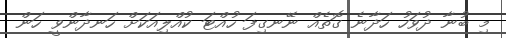
މި ބުނާ ދުވަހު ހަދާނެ ގޮތެއް ނޭނގިފަ ހުއްޓަ ކުއްލިއަކަށް ހަނދާންވީ ހަން